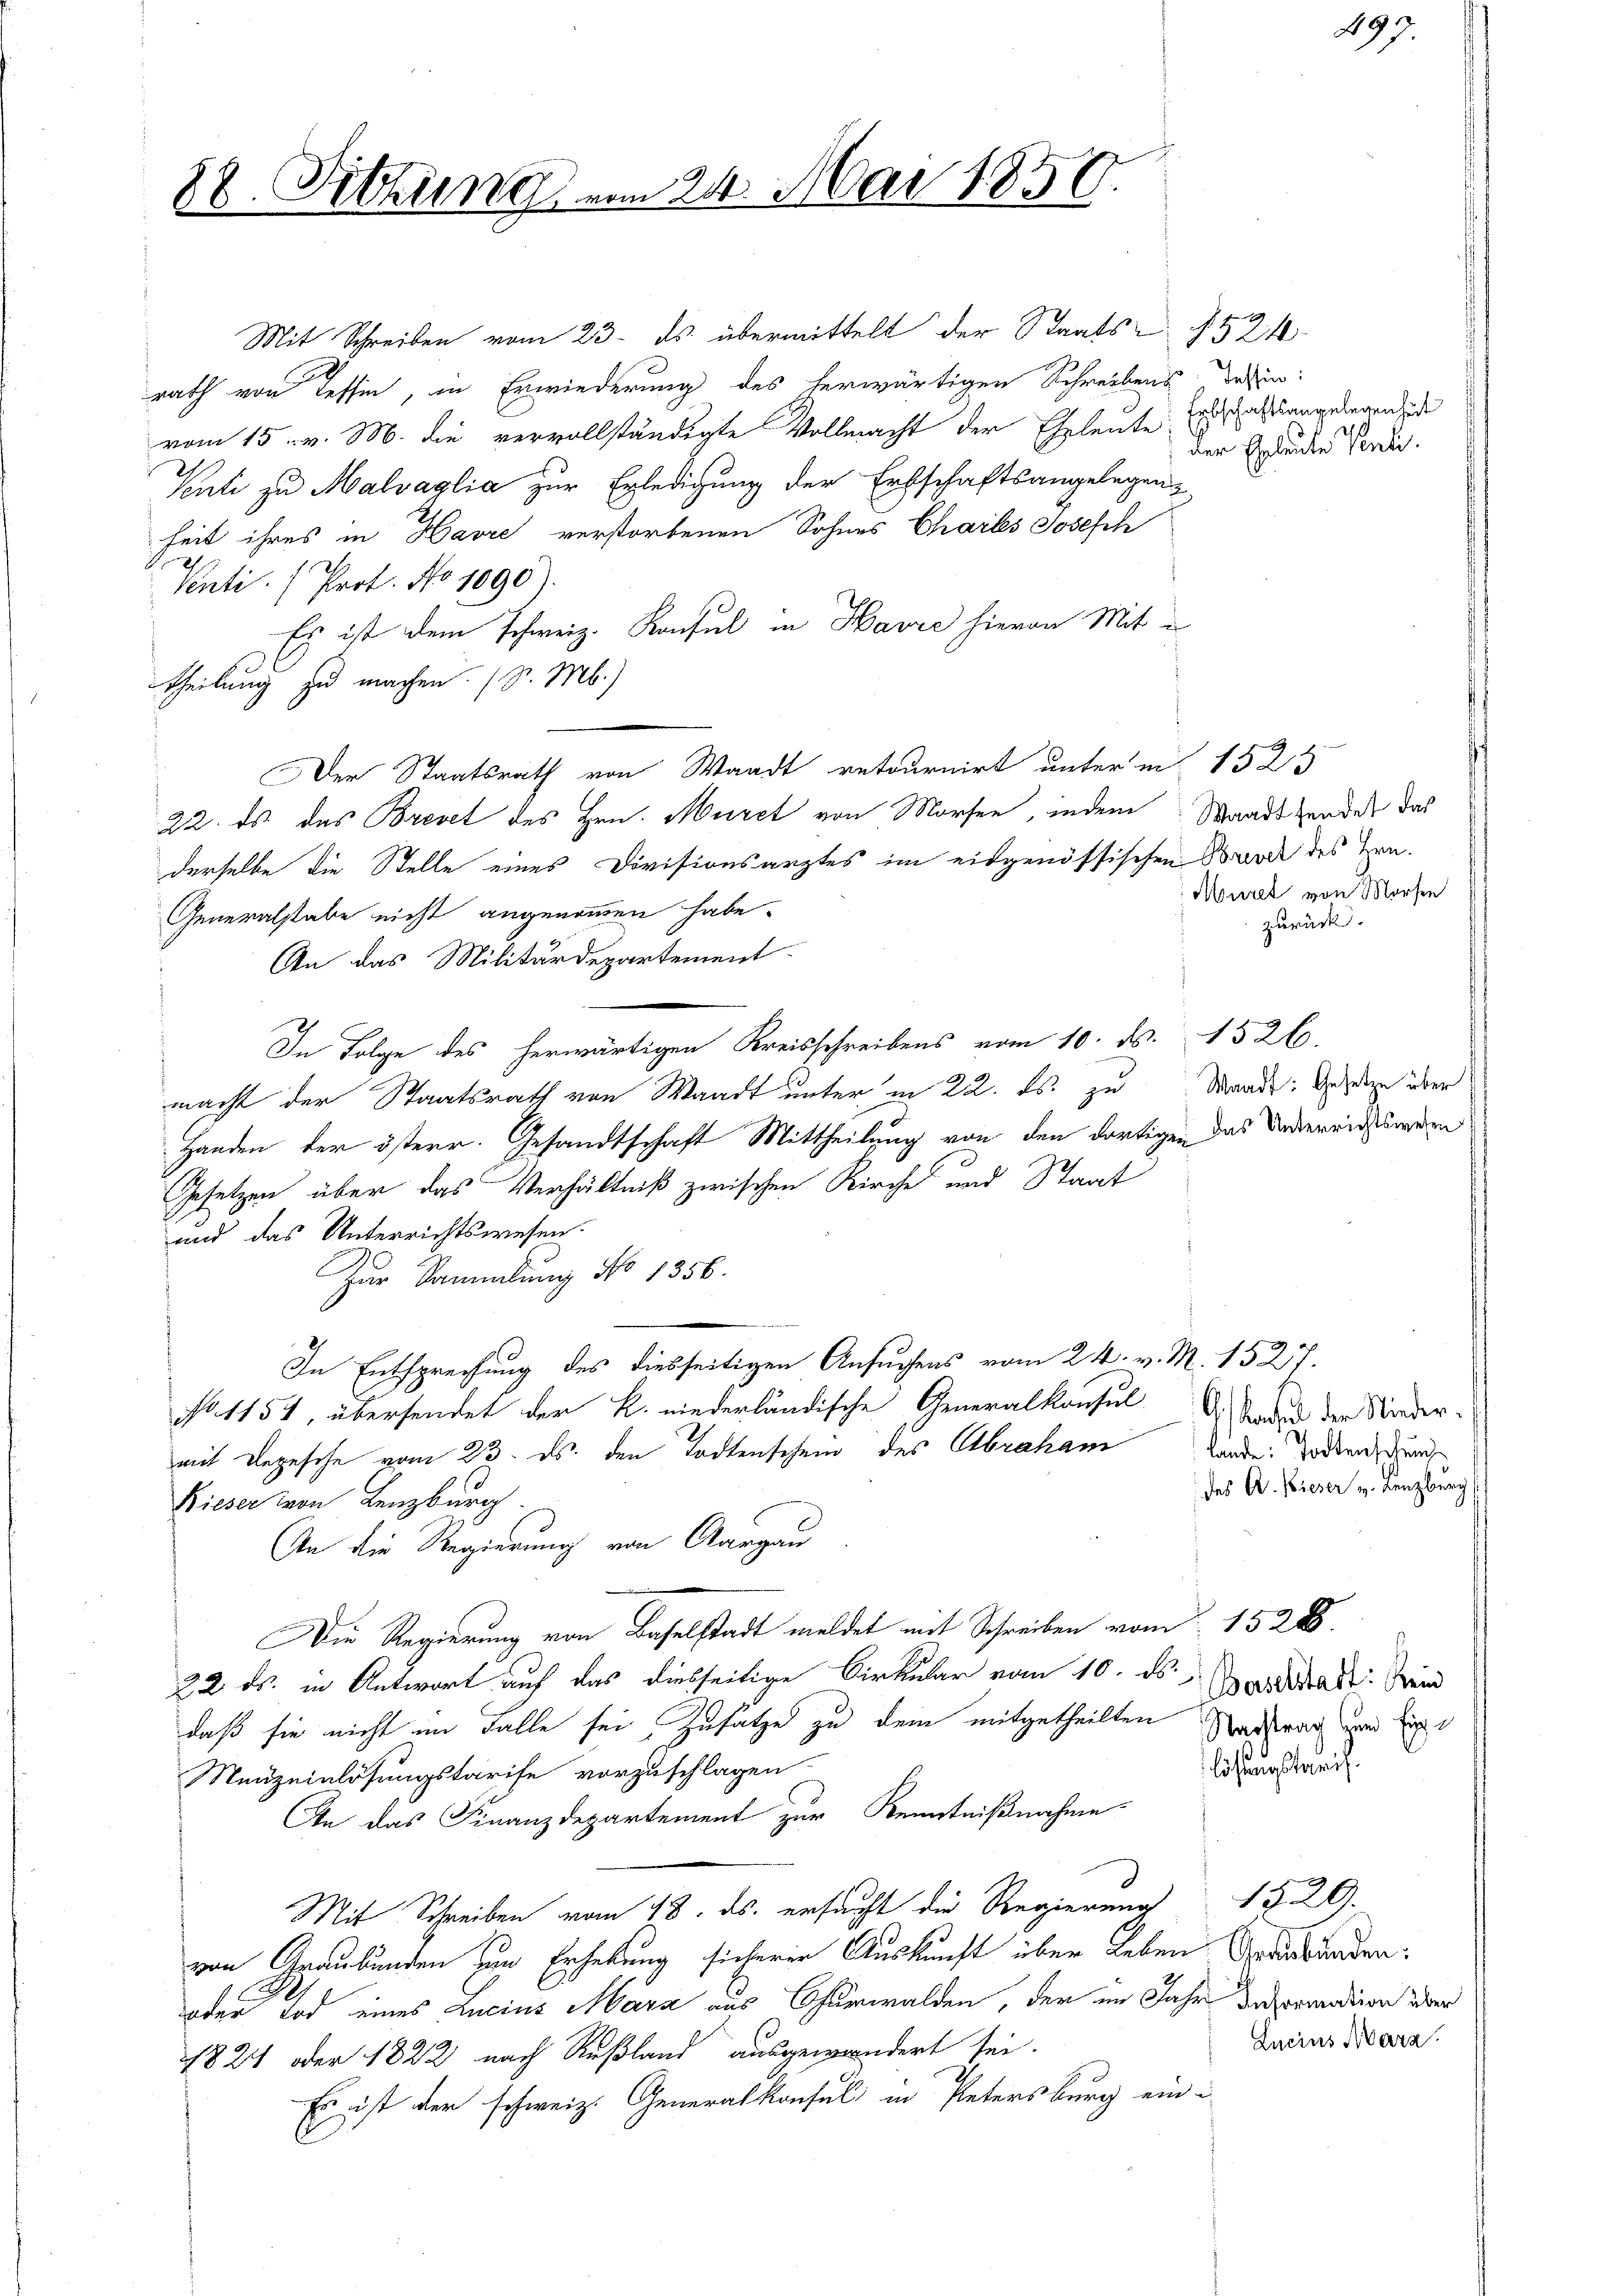
88. Sitzung

vom 24. Mai 1850.

Mit Schreiben vom 23. ds. übermittelt der Staats- § 524
rath von Tessin, in Erwiederung des herwärtigen Schreibens dahin:
vom 15. v. M. die vervollständigte Vollmacht der Eheleute nach langelegenden
Venti zu Malvaglia zur Erledigung der Erbschaftsangelegenheit ihres in Havre verstorbenen Sohnes Charls Joseph
Venti. (Prot. No 1090).
Es ist dem schweiz. Konsul in Havre hievon Mit
Theilung zu machen (S. M.)
Der Staatsrath von Waadt retournirt unter in 1525
22. ds. das Brevet des Hrn. Huret von Morfen, indem Waadt handes das
derselbe die Stelle eines Divisionsarztes im eidgenössischen Wurde des Zen¬
Generalstabe nicht angenommen habe.
An das Militärdepartement.
In Folge des herwärtigen Kreisschreibens vom 10. ds. 1526.
macht der Staatsrath von Waadt unter in 22. ds. zu Mande. Wehrden über
Handen der österr. Gesandtschaft Mittheilung von den dortigen das Andereinstwein
Gesetzen über das Verhältniß zwischen Kirche und Staat
und das Unterrichtswesen.
Zur Sammlung No 1356.
In Entsprechung des diesseitigen Ansuchens vom 24. v. M. 1527.
No 1154, übersendet der K. niederländische Generalkonsul Wade der Niedermit Depesche vom 23. ds. den Todtenschein des Abraham
Bieser von Lenzburg
An die Regierung von Aargau
Die Regierung von Baselstadt meldet mit Schreiben vom 1528.
22. ds. in Antwort auf das diesseitige Cirkular vom 10. ds. Candikal: Sein
daß sie nicht im Falle sei Zusätze zu dem mitgetheilten Vertrag und die
Meuzeinlösungstarife vorzuschlagen.
An das Finanzdepartement zur Kenntnißnahme
Mit Schreiben vom 18. ds. ersucht die Regierung
von Graubünden zum Erhebung sicheren Auskunft über Leben Graubmorden.
oder Tod eines Lucius Marz aus Churwalden, der im Jahr darandion über
1821 oder 1822 nach Rußland ausgewandert sei.
Es ist der schweiz. Generalkonsul in Petersburg ein¬

s de
der Eheleute Venti.

Mauret von Morfen
zurück.

499.

lande Todtenschen
des A. Wieser v. Lenzberg (

lösungstreif.

1520
Zucius Marz.